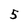
Character: 5